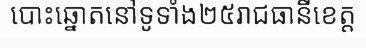
បោះឆ្នោតនៅទូទាំង២៥រាជធានីខេត្ត